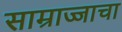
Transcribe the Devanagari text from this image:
साम्राज्जाचा